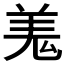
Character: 𮊦